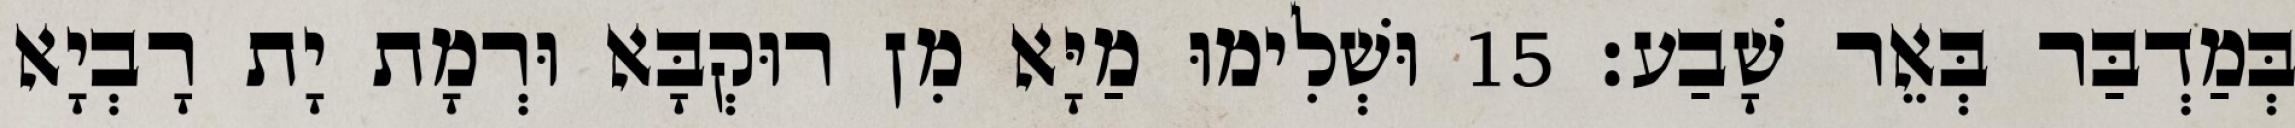
בְּמַדְבַּר בְּאֵר שָׁבַע׃ 15 וּשְׁלִימוּ מַיָּא מִן רוּקְבָּא וּרְמָת יָת רָבְיָא